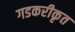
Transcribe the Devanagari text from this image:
गडकरीकृत